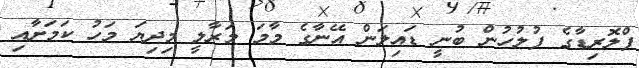
ފްލޮރިޑާގެ ފުލުހުން ބުނީ ޑައިލަން އޭނާގެ މާމަ މަރާލީ މިދިޔަ މަހު ކަމަށާއި